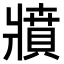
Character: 𤖘